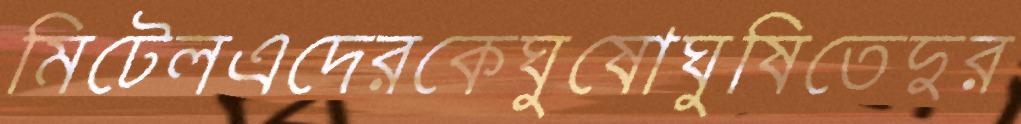
মিটেলএদেরকেঘুষোঘুষিতেদুর